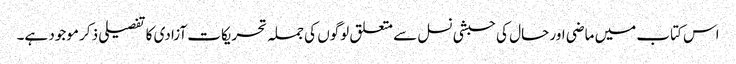
اس کتاب میں ماضی اور حال کی حبشی نسل سے متعلق لوگوں کی جملہ تحریکات آزادی کا تفصیلی ذکر موجود ہے۔